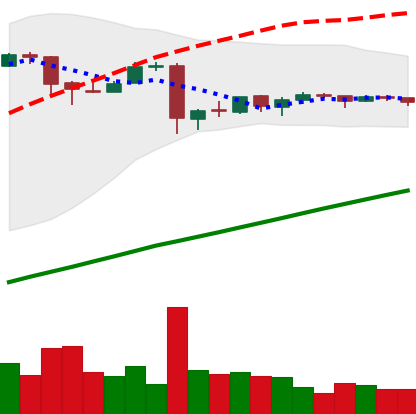
Ticker: BTC-USD
Chart end date: 2016-01-06
Forward return: 4.503%
Label: up_3_5